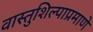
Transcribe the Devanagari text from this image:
वास्तुशिल्पाप्रमाणे